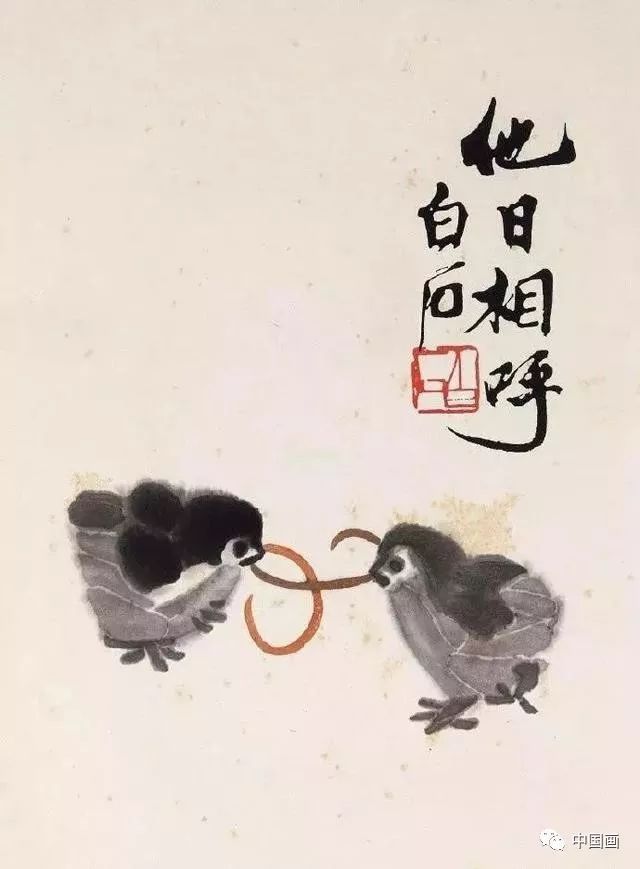
握手经年别，惊心九日霜。